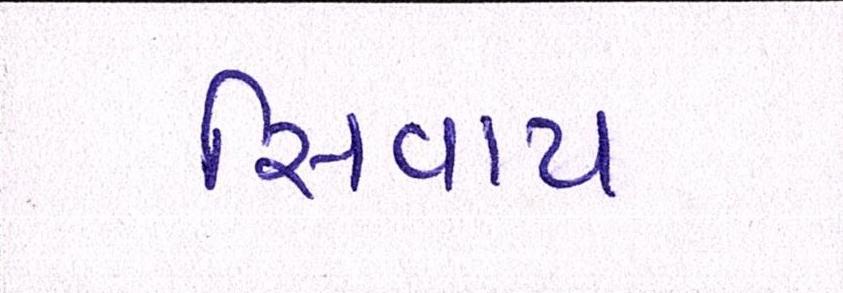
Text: સિવાય